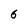
Character: 6